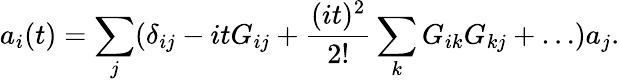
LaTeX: a_{i}(t)=\sum_{j}(\delta_{ij}-itG_{ij}+{\frac{(it)^{2}}{2!}}\sum_{k}G_{ik}G_{kj}+\dots)a_{j}.